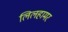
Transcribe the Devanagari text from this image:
लिलहामर